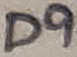
Text: D9